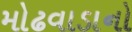
મોઢવાડાનો